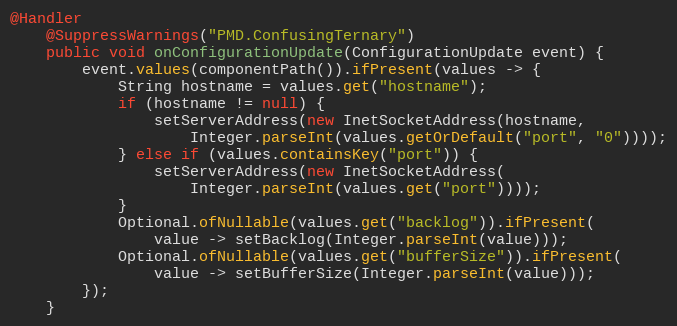
Language: Java
@Handler
    @SuppressWarnings("PMD.ConfusingTernary")
    public void onConfigurationUpdate(ConfigurationUpdate event) {
        event.values(componentPath()).ifPresent(values -> {
            String hostname = values.get("hostname");
            if (hostname != null) {
                setServerAddress(new InetSocketAddress(hostname,
                    Integer.parseInt(values.getOrDefault("port", "0"))));
            } else if (values.containsKey("port")) {
                setServerAddress(new InetSocketAddress(
                    Integer.parseInt(values.get("port"))));
            }
            Optional.ofNullable(values.get("backlog")).ifPresent(
                value -> setBacklog(Integer.parseInt(value)));
            Optional.ofNullable(values.get("bufferSize")).ifPresent(
                value -> setBufferSize(Integer.parseInt(value)));
        });
    }